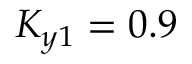
K _ { y 1 } = 0 . 9